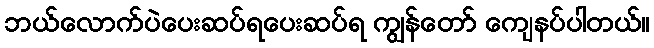
ဘယ်လောက်ပဲပေးဆပ်ရပေးဆပ်ရ ကျွန်တော် ကျေနပ်ပါတယ်။